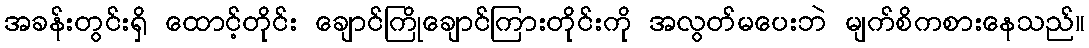
အခန်းတွင်းရှိ ထောင့်တိုင်း ချောင်ကြိုချောင်ကြားတိုင်းကို အလွတ်မပေးဘဲ မျက်စိကစားနေသည်။